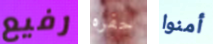
رفيع حفره أمنوا